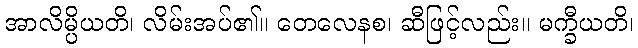
အာလိမ္ပိယတိ၊ လိမ်းအပ်၏။ တေလေနစ၊ ဆီဖြင့်လည်း။ မက္ခီယတိ၊